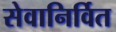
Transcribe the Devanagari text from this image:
सेवानिर्वित